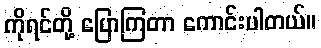
ကိုရင်တို့ ပြောကြတာ ကောင်းပါတယ်။